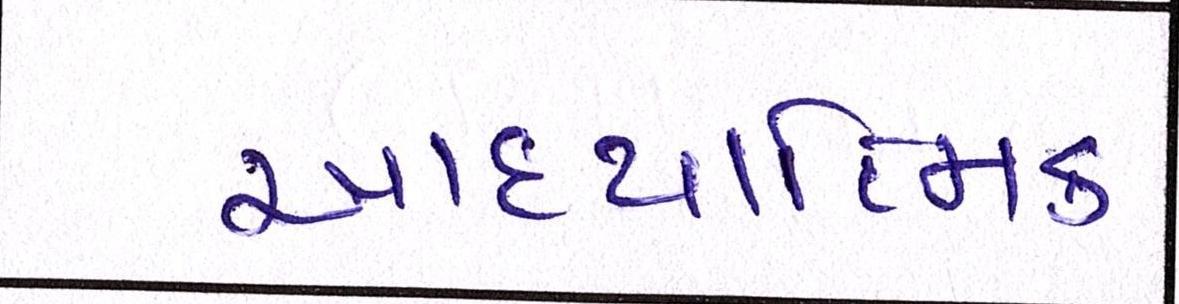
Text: આધ્યાત્મિક